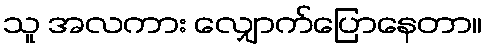
သူ အလကား လျှောက်ပြောနေတာ။